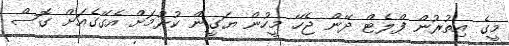
މީގެ އިތުރުން ފްލެޓް ދޭން ޖެހޭ މީހުން ޔަގީން ކުރުމަށް އެގޭގެއަށް ގޮސް